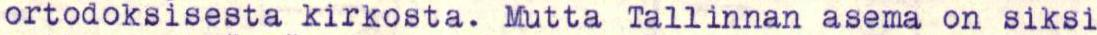
ortodoksisesta kirkosta. Mutta Tallinnan asema on siksi